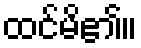
ထင်မိ၏။